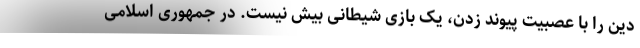
دین را با عصبیت پیوند زدن، یک بازی شیطانی بیش نیست. در جمهوری اسلامی